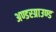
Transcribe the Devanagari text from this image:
अण्डरग्राउण्ड